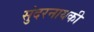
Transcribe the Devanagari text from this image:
सुंदरनायकी